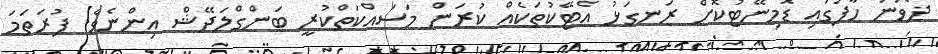
ދެވަނަ ހާފުގައި ޑޮމިނޭޓުކޮށް ރަނގަޅު އެޓޭކުތަކެއް ކުރަން މަސައްކަތްކުރީ ބަންގްލަދޭޝް އިންނެވެ. ފުރަތަމަ